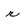
Character: r